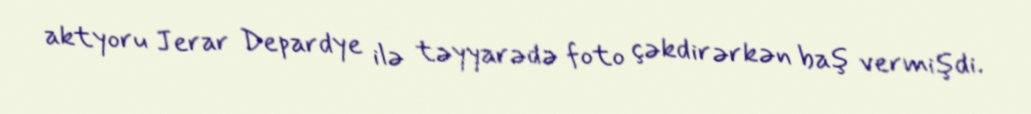
aktyoru Jerar Depardye ilə təyyarədə foto çəkdirərkən baş vermişdi.